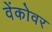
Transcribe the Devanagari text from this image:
वेंकोवर